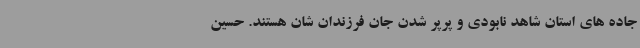
جاده های استان شاهد نابودی و پرپر شدن جان فرزندان شان هستند. حسین